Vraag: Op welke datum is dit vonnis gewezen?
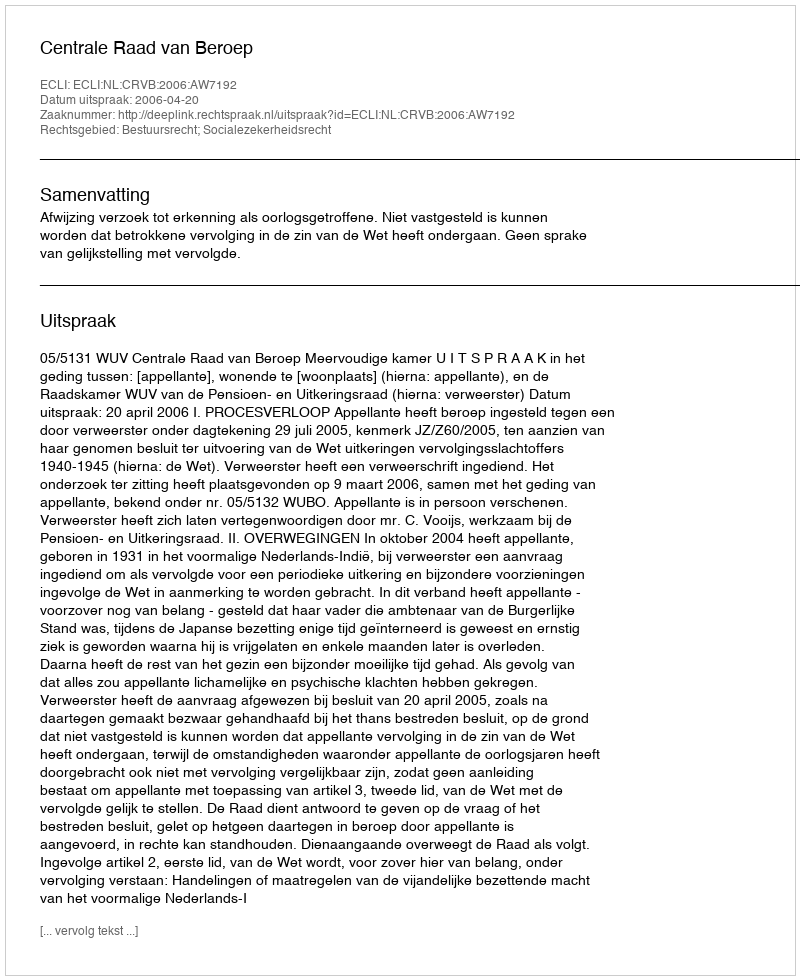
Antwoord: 2006-04-20